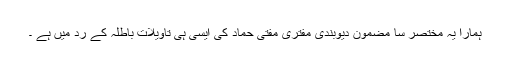
ہمارا یہ مختصر سا مضمون دیوبندی مفتری مفتی حماد کی ایسی ہی تاویلات باطلہ کے رد میں ہے ۔